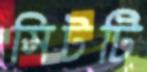
সিটটি